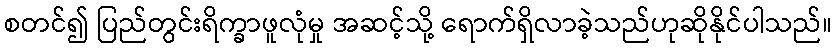
စတင်၍ ပြည်တွင်းရိက္ခာဖူလုံမှု အဆင့်သို့ ရောက်ရှိလာခဲ့သည်ဟုဆိုနိုင်ပါသည်။